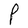
Character: P